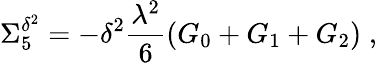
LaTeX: \Sigma_{5}^{\delta^{2}}=-\delta^{2}\frac{\lambda^{2}}{6}\left(G_{0}+G_{1}+G_{2}\right)\; ,